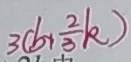
3 ( b + \frac { 2 } { 3 } k )